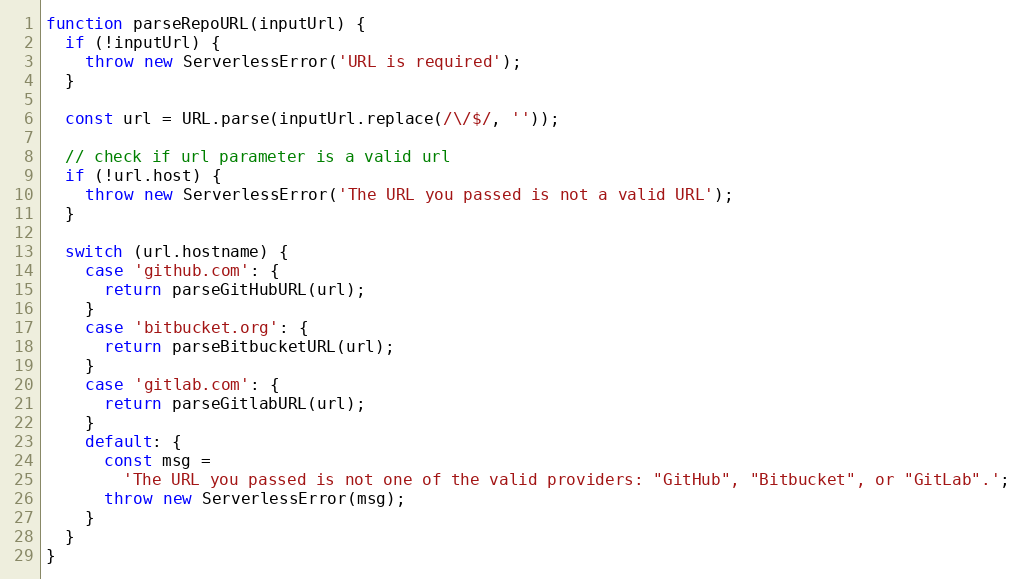
Language: JavaScript
function parseRepoURL(inputUrl) {
  if (!inputUrl) {
    throw new ServerlessError('URL is required');
  }

  const url = URL.parse(inputUrl.replace(/\/$/, ''));

  // check if url parameter is a valid url
  if (!url.host) {
    throw new ServerlessError('The URL you passed is not a valid URL');
  }

  switch (url.hostname) {
    case 'github.com': {
      return parseGitHubURL(url);
    }
    case 'bitbucket.org': {
      return parseBitbucketURL(url);
    }
    case 'gitlab.com': {
      return parseGitlabURL(url);
    }
    default: {
      const msg =
        'The URL you passed is not one of the valid providers: "GitHub", "Bitbucket", or "GitLab".';
      throw new ServerlessError(msg);
    }
  }
}